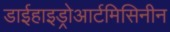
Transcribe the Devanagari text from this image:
डाईहाइड्रोआर्टमिसिनीन